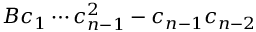
{ { B } \o { c _ { 1 } \cdots c _ { n - 1 } ^ { 2 } } } - { { c _ { n - 1 } } \o { c _ { n - 2 } } }